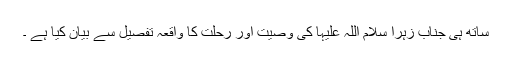
ساتھ ہی جناب زہرا سلام اللہ علیہا کی وصیت اور رحلت کا واقعہ تفصیل سے بیان کیا ہے ۔